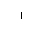
Letter: _alif